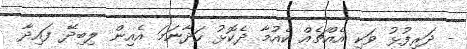
- ދަރިފުޅު ވަކި އެއްޗެއް ކެއުމާ ދެކޮޅު ހަދާނަމަ އެއިން ލިބިދޭ ފައިދާ